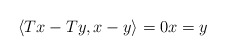
\begin{align*}\left\langle Tx-Ty,x-y\right\rangle =0x=y \end{align*}